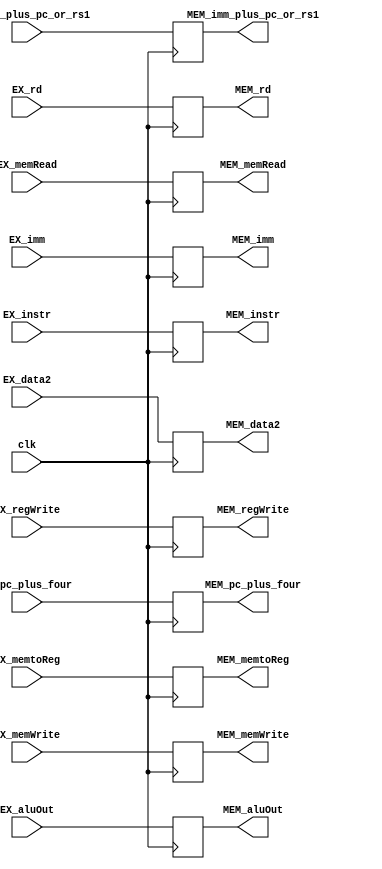
`timescale 1ns / 1ps

module EX_MEM_register(
    input clk,
    input EX_memRead, //mem
    input [2:0] EX_memtoReg, //wb
    input EX_regWrite, //wb
    input EX_memWrite, //mem
    
    input [31:0] EX_imm_plus_pc_or_rs1,
    
    input [31:0] EX_aluOut,
    
    input [31:0] EX_instr,
    
    input [31:0] EX_data2, //store icin dmem'e girecek
    
    input [4:0] EX_rd,
    
    input [31:0] EX_imm,
    
    input [31:0] EX_pc_plus_four,
    
    output reg MEM_memRead=0, //mem
    output reg [2:0] MEM_memtoReg=0, //wb
    output reg MEM_regWrite=0, //wb
    output reg MEM_memWrite=0, //mem
    
    output reg [31:0] MEM_imm_plus_pc_or_rs1=0,
    
    output reg [31:0] MEM_aluOut=0,
    
    output reg [31:0] MEM_instr=0,
    
    output reg [31:0] MEM_data2=0, //store icin dmem'e girecek
    
    output reg [4:0] MEM_rd=0,
    
    output reg [31:0] MEM_imm=0,
    
    output reg [31:0] MEM_pc_plus_four=0
    );
    
    always @(posedge clk) begin
        MEM_memRead<=EX_memRead;
        MEM_memtoReg<=EX_memtoReg;
        MEM_regWrite<=EX_regWrite;
        MEM_memWrite<=EX_memWrite;
        
        MEM_imm_plus_pc_or_rs1<=EX_imm_plus_pc_or_rs1;
        
        MEM_aluOut<=EX_aluOut;
        
        MEM_instr<=EX_instr;
        
        MEM_data2<=EX_data2;
    
        MEM_rd<=EX_rd;
        
        MEM_imm<=EX_imm;
        
        MEM_pc_plus_four<=EX_pc_plus_four;
    end
    
   
endmodule